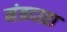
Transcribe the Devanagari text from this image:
मंत्रदाता